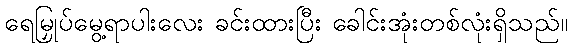
ရေမြှုပ်မွေ့ရာပါးလေး ခင်းထားပြီး ခေါင်းအုံးတစ်လုံးရှိသည်။